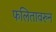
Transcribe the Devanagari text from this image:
फलितावरुन